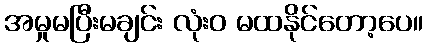
အမှုမပြီးမချင်း လုံးဝ မထနိုင်တော့ပေ။